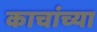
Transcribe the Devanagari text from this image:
काचांच्या